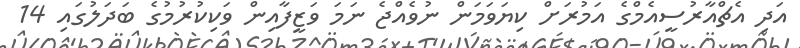
އަދި އެޗްއާރުސީއެމްގެ އަމުރަށް ކިޔަވަމަން ނުވެއްޖެ ނަމަ ވަޒީފާއިން ވަކިކުރުމުގެ ބަދަލުގައި 14